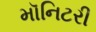
મૉનિટરી